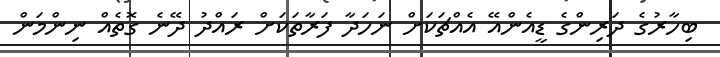
ބިހާރުގެ ދަރިންގެ ޑީއެންއޭ އެއްޗަކަށް ނަހަދާ ފަރާތަކަށް ރައްދު ދޭނެ ގޮތެއް ނިންމަން